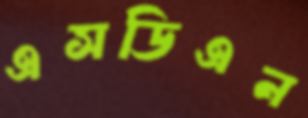
এসডিএন